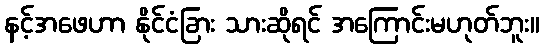
နင့်အဖေဟာ နိုင်ငံခြား သားဆိုရင် အကြောင်းမဟုတ်ဘူး။